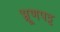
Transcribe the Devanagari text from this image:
भ्रूणपट्ट